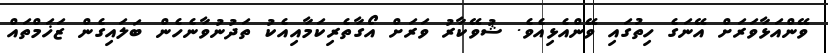
ވޭންއަޅާވަރަށް އޭނަގެ ހިތުގައި ވޭންއެޅިއެވެ. ޝުވޭކާރު ވަރަށް އޯގާތެރިކަމާއިއެކު ތަދުނުވާނެހެން ބަލައިގެން ޒަޚަމްތައް